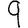
Digit: 9